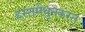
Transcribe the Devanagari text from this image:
हस्तमैथुनकरत